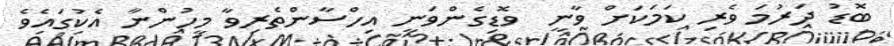
ބޮޑު ދަރުމަ ވެރި ކަމަކަށް ވާނީ  ވޮޑިގެންވަނީ އިހްސާންތެރިވާ މީހުންނާ އެކުގައެވެ